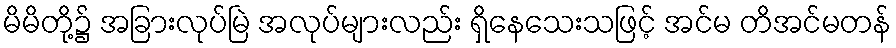
မိမိတို့၌ အခြားလုပ်မြဲ အလုပ်များလည်း ရှိနေသေးသဖြင့် အင်မ တိအင်မတန်